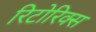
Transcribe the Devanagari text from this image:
रिटोरिक्स